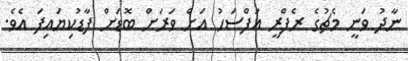
ނާދު ވަނީ މެޗުގެ ރެފްރީ އަފްސަހު އަށް ވަރަށް ބޮޑަށް ފާޑުކިޔައިފަ އެވެ.